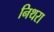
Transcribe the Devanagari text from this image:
निथरा